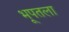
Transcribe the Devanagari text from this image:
भूपतला